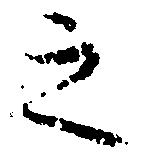
之